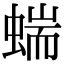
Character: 𧍒